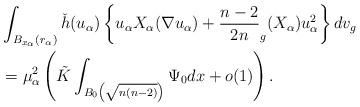
LaTeX: \begin{align*} &\int_{B_{x_\alpha}(r_\alpha)} \check{h}(u_\alpha)\left\{u_\alpha X_\alpha(\nabla u_\alpha)+\frac{n-2}{2n} _g(X_\alpha) u_\alpha^2\right\} dv_g\\ &= \mu_\alpha^{2}\left( \tilde{K} \int_{B_0\left(\sqrt{n(n-2)}\right)} \Psi_0 dx+o(1)\right). \end{align*}